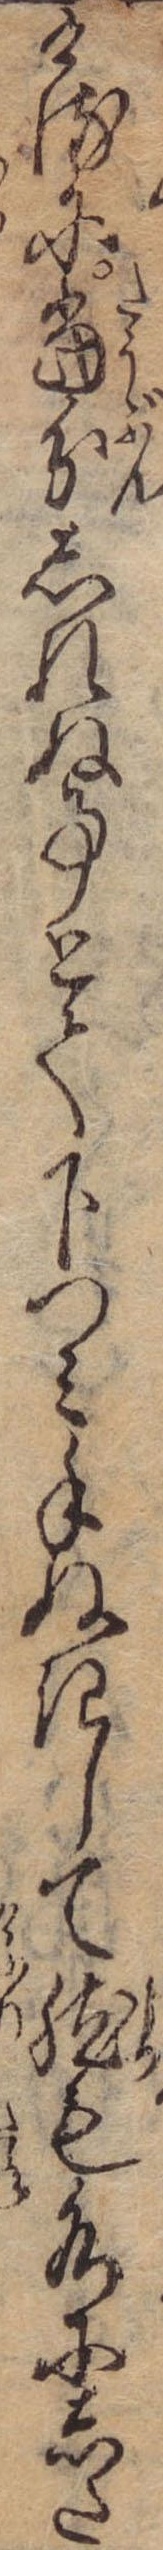
けるに当分しれぬ事とて下つみ手ぬきして然も水にした